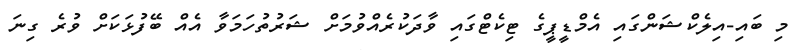
މި ބައި-އިލެކްޝަންގައި އެމްޑީޕީގެ ޓިކެޓްގައި ވާދަކުރެއްވުމަށް ޝަރުތުހަމަވާ އެއް ބޭފުޅަކަށް ވުރެ ގިނަ